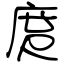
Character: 庹